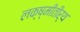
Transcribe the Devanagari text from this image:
लक्ष्मीतीर्थ